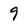
Character: 9